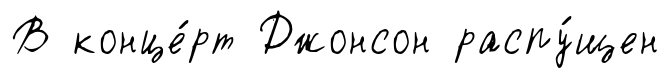
В конце́рт Джонсон распу́щен